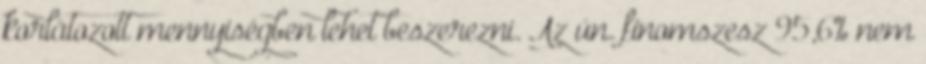
korlátozott mennyiségben lehet beszerezni. Az ún. finomszesz 95,6% nem